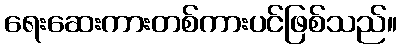
ရေးဆေးကားတစ်ကားပင်ဖြစ်သည်။